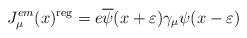
LaTeX: \begin{align*}J_\mu ^{em}(x)^{{\rm reg}}=e\overline{\psi }(x+\varepsilon )\gamma _\mu \psi(x-\varepsilon ) \end{align*}